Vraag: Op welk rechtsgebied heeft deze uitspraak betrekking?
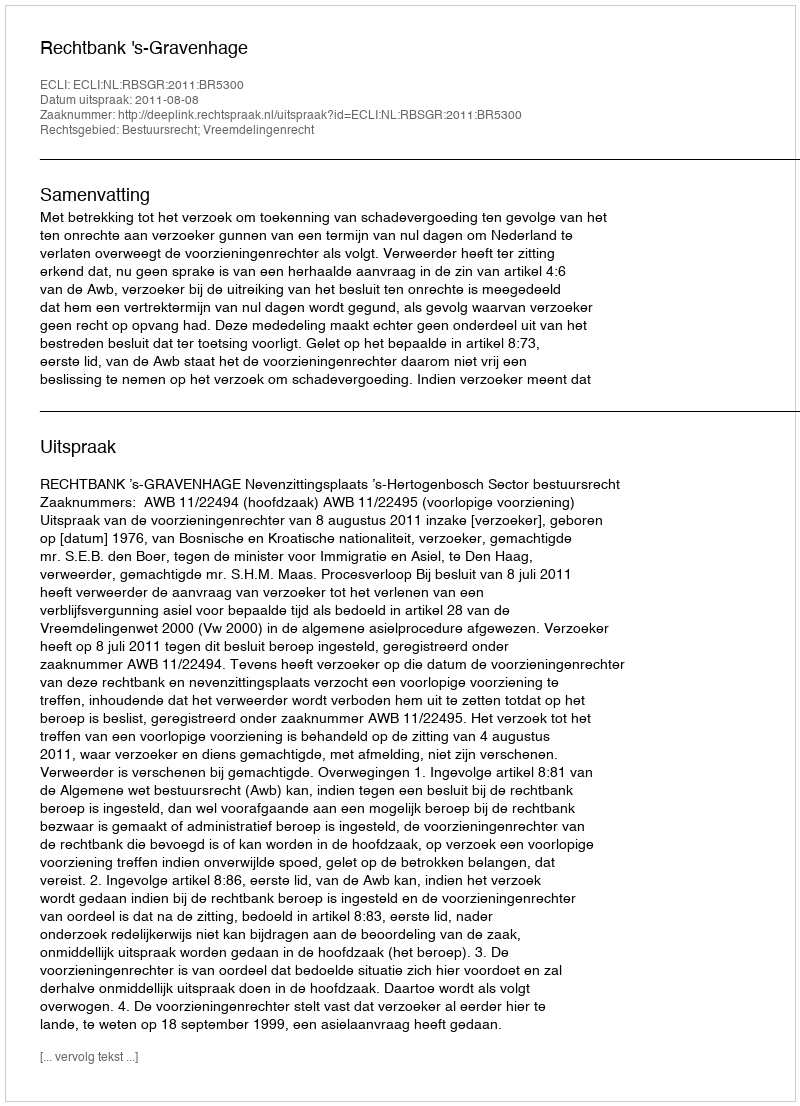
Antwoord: Bestuursrecht; Vreemdelingenrecht